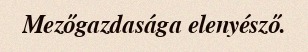
Mezőgazdasága elenyésző.